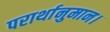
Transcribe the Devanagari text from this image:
परार्थानुमान।